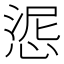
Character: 𢛜